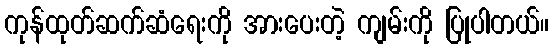
ကုန်ထုတ်ဆက်ဆံရေးကို အားပေးတဲ့ ကျမ်းကို ပြုပါတယ်။